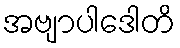
အဗျာပါဒေါတိ